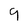
Character: 9